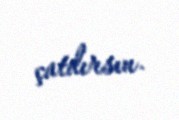
çatdırsın.